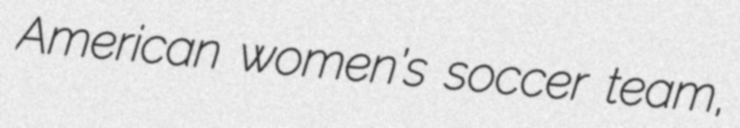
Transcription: American women’s soccer team,